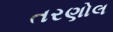
તરણોલ